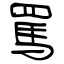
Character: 罵